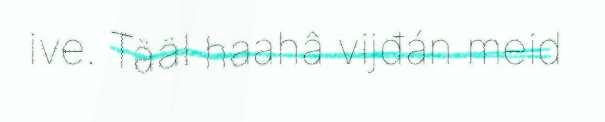
ive. Tääl haahâ vijđán meid